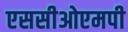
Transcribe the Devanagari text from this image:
एससीओएमपी